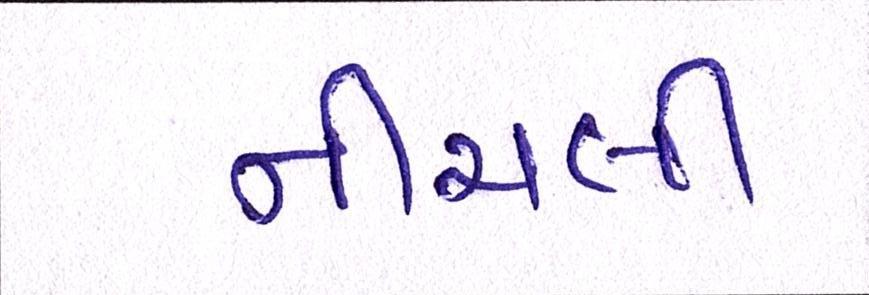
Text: નીચલી